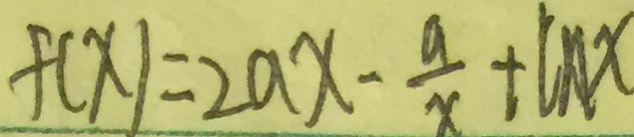
f ( x ) = 2 a x - \frac { a } { x } + C A x